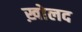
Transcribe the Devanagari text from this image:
ख़ोलद